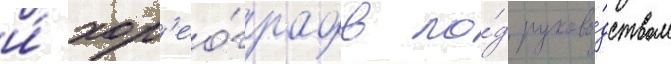
и́ хор'ео́графов по́д руково́дством